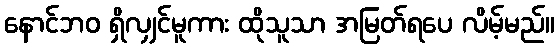
နောင်ဘဝ ရှိလျှင်မူကား ထိုသူသာ အမြတ်ရပေ လိမ့်မည်။